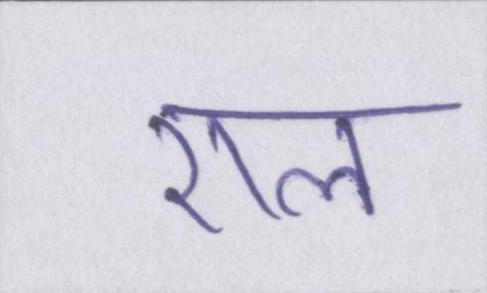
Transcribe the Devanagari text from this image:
एल